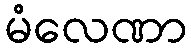
မံလေဏာ